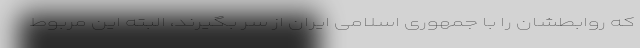
که روابطشان را با جمهوری اسلامی ایران از سر بگیرند، البته این مربوط